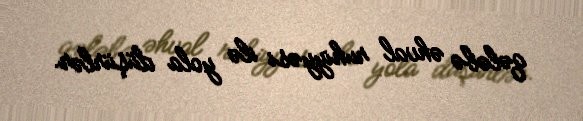
qələbə əhval ruhiyyəsi ilə yola düşürlər.